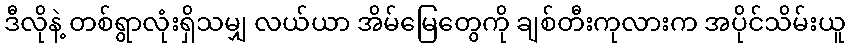
ဒီလိုနဲ့ တစ်ရွာလုံးရှိသမျှ လယ်ယာ အိမ်မြေတွေကို ချစ်တီးကုလားက အပိုင်သိမ်းယူ